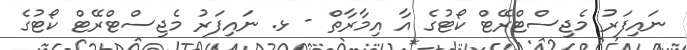
ނައިފަރު މެޖިސްޓްރޭޓް ކޯޓުގެ އާ އިމާރާތް - ޅ. ނައިފަރު މެޖިސްޓްރޭޓް ކޯޓުގެ